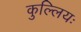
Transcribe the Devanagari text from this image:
कुल्लियः